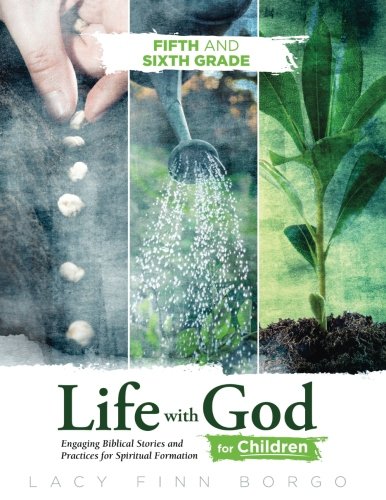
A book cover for Life with God for Children: Fifth and Sixth Grade (Volume 4); Lacy Finn Borgo; Christian Books & Bibles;